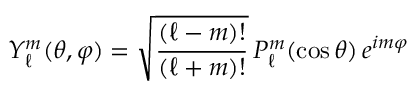
Y _ { \ell } ^ { m } ( \theta , \varphi ) = { \sqrt { \frac { ( \ell - m ) ! } { ( \ell + m ) ! } } } \, P _ { \ell } ^ { m } ( \cos { \theta } ) \, e ^ { i m \varphi }